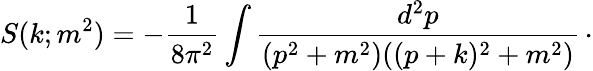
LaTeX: S(k;m^{2})=-{\frac{1}{8\pi^{2}}}\int{\frac{d^{2}p}{(p^{2}+m^{2})((p+k)^{2}+m^{2})}}\, \cdotp